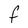
Character: F